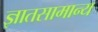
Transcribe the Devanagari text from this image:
ज्ञातसामान्य